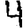
Digit: 4